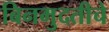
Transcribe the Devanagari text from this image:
बिनमुदतीचे